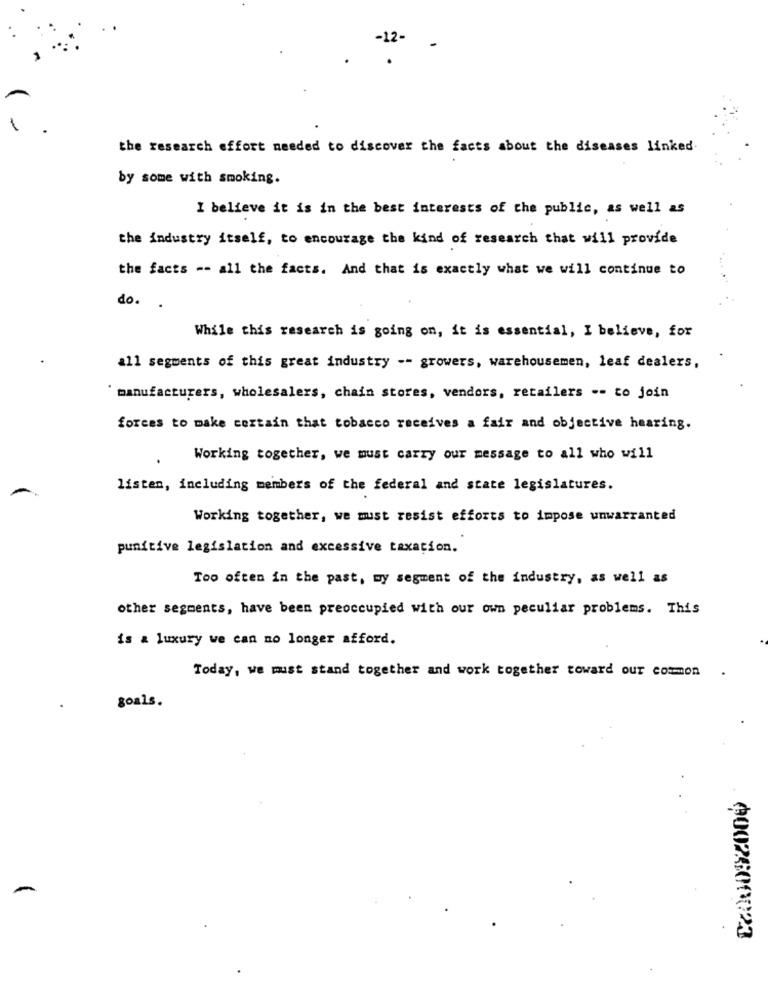
the research effort needed to discover the facts about the diseases linked
by some with smoking.
I believe it is in the best interests of the public, as well as
the industry itself, to encourage the kind of research that will provide
the facts -- all the facts. And that is exactly what we will continue to
do.
While this research is going on, it is essential, I believe, for
all segments of this great industry -- growers, warehousemen, leaf dealers,
manufacturers, wholesalers, chain stores, vendors, retailers -- to join
forces to make certain that tobacco receives a fair and objective hearing.
Working together, we must carry our message to all who will
listen, including members of the federal and state legislatures.
Working together, we must resist efforts to impose unwarranted
punitive legislation and excessive taxation.
Too often in the past, my segment of the industry, as well as
other segments, have been preoccupied with our own peculiar problems. This
is a luxury we can no longer afford.
Today, we must stand together and work together toward our common
goals.
0002500023